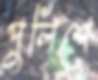
পুলিশে